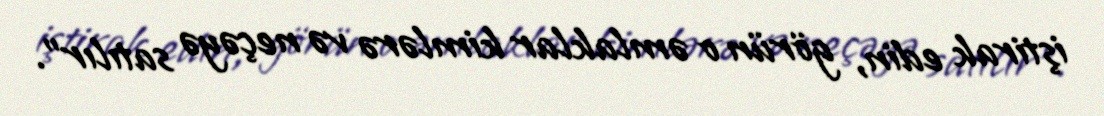
iştirak edin, görün o əmlaklar kimlərə və neçəyə satılır”.